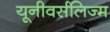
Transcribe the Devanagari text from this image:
यूनीवर्सलिज्म